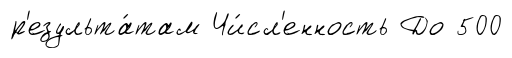
р'езульта́там Чи́сл'енность До 500